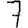
Digit: 7